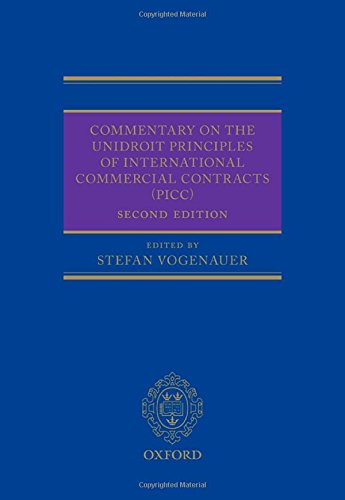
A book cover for Commentary on the UNIDROIT Principles of International Commercial Contracts (PICC); Law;